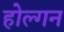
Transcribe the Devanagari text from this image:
होल्गन